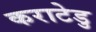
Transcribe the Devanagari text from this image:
कराटेडु